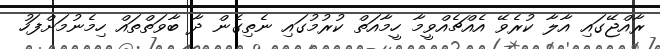
ރާއްޖޭގައި އާލާ ކުރެވޭ އެއްޗެއްވީމާ ހީމާއަތް ކުރުމުގައި ނެތިގެން ދާ ބާވަތްތައް ހިމެނުމަށްފަހު